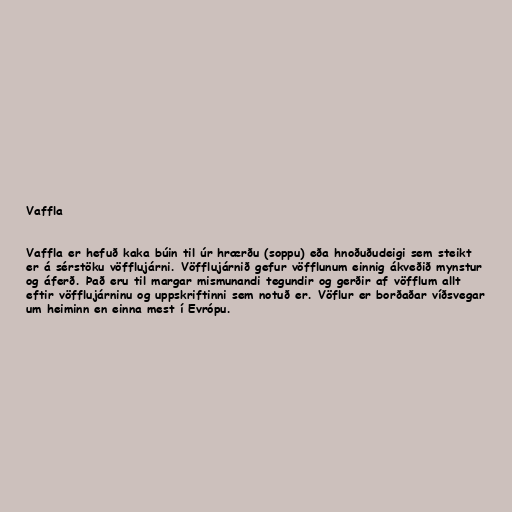
Vaffla

Vaffla er hefuð kaka búin til úr hrærðu (soppu) eða hnoðuðudeigi sem steikt
er á sérstöku vöfflujárni. Vöfflujárnið gefur vöfflunum einnig ákveðið mynstur
og áferð. Það eru til margar mismunandi tegundir og gerðir af vöfflum allt
eftir vöfflujárninu og uppskriftinni sem notuð er. Vöflur er borðaðar víðsvegar
um heiminn en einna mest í Evrópu.